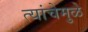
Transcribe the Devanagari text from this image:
त्यांचेमुळे